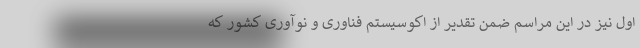
اول نیز در این مراسم ضمن تقدیر از اکوسیستم فناوری و نوآوری کشور که